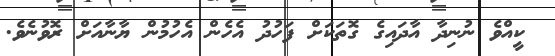
ކީއްވެ ނުނިދާ އާދައިގެ ގޮތަކަށް ފަހުދު އެހެން އެހުމުން ޔާނާއަށް ރޮވުނެވެ.